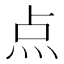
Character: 点